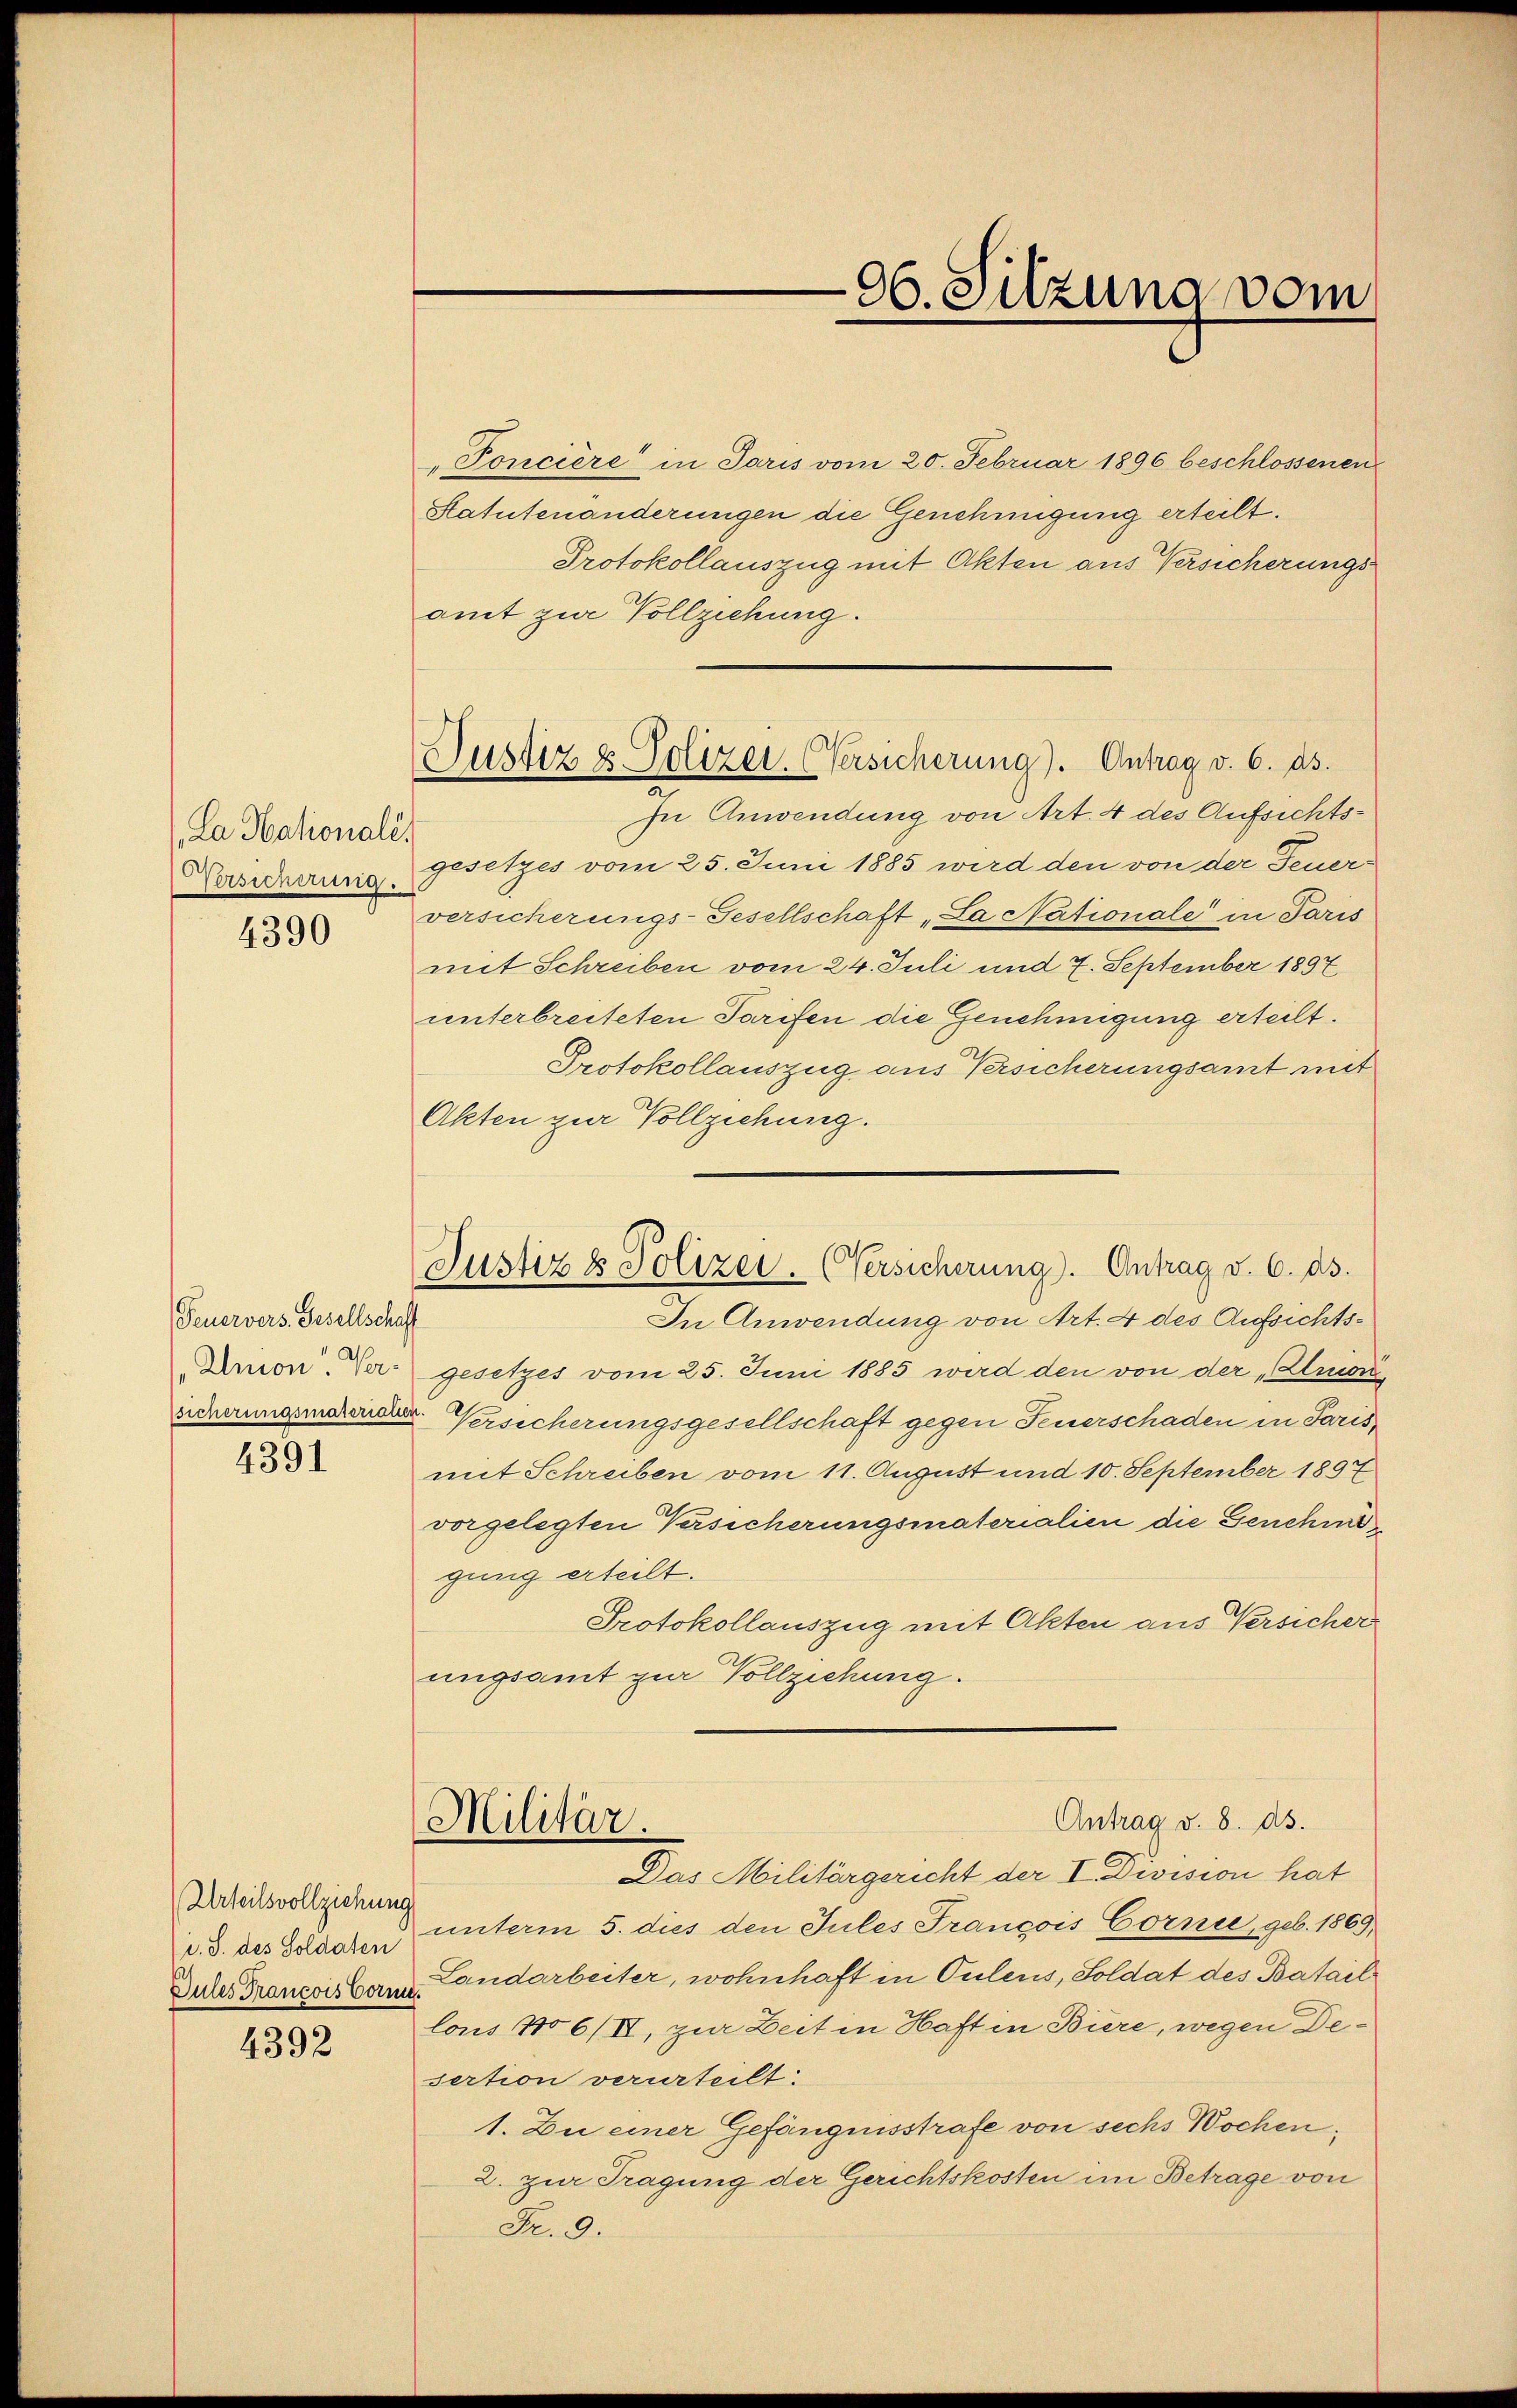
La Nationale
Versicherung.

4390

Feuervers. Gesellschaft
Union. Versicherungsmateriatu

4391

Urteilsvollziehung
v. J. des Soldaten
Gules Francois Vormi

4392

Justiz u. Polizei. (Versicherung). Antrag v. 6. ds.

Poncière in Paris vom 20. Februar 1896 beschlossenen
Statutenänderungen die Genehmigung erteilt.
Protokollauszug mit Akten aus Versicherungs
amt zwe Vollziehung.
In Anwendung von Art. 4 des Aufsichtsgesetzes vom 25. Juni 1885 wird den von der Feuerversicherungs-Gesellschaft „La Nationale in Paris
mit Schreiben vom 24. Juli und 7. September 1897
unterbreiteten Tarifen die Genehmigung erteilt.
Protokollauszug aus Versicherungsamt mit
Akten zur Vollziehung.
gesetzes vom 25. Juni 1885 wird den von der „Struon
 Versicherungsgesellschaft gegen Feuerschaden in Paris,
mit Schreiben vom 11. August und 10. September 1897
vorgelegten Versicherungsmaterialien die Genehm
gung erteilt.
Protokollauszug mit Akten aus Versicher
ungsamt zur Vollziehung.
Antrag v. 8. ds.
Militär.
Das Militärgericht der I Division hat
unterm 5. dies den Jules François Cornie, geb. 1869.
Landarbeiter, wohnhaft in Pulens, Soldat des Batail
lons No 6/II, zur Zeit in Haft in Biere, wegen Desertion verurteilt:
1. Du einer Gefängnisstrafe von sechs Wochen;
2. zur Tragung der Gerichtskosten im Betrage von
Fr. 9.

06. Sitzuna vom

Justiz & Polizei. (Versicherung). Antrag v. 6. ds.
In Anwendung von Art. 4 des Aufsichts¬